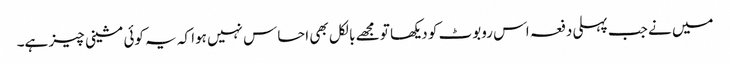
میں نے جب پہلی دفعہ اس روبوٹ کو دیکھا تو مجھے بالکل بھی احساس نہیں ہوا کہ یہ کوئی مشینی چیز ہے۔